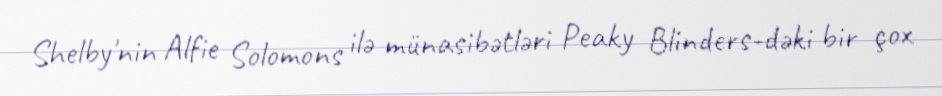
Shelby'nin Alfie Solomons ilə münasibətləri Peaky Blinders-dəki bir çox